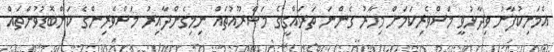
އެމަނިކުފާނު ވިދާޅުވީ މަސްވެރިކަމަށް މިހާރު ގެންނަ ތަރައްގީގެ މަޝްރޫއުތައް ނިމިގެންދާއިރު މަސްވެރިންގެ ކަންބޮޑުވުންތައް